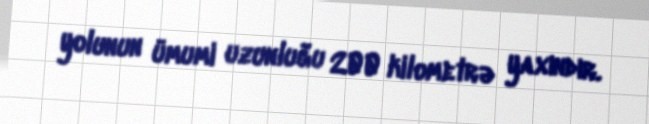
yolunun ümumi uzunluğu 200 kilometrə yaxındır.